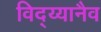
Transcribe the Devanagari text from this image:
विद्य्यानैव